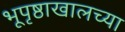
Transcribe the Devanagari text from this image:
भूपृष्ठाखालच्या